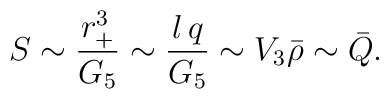
S\sim {r_+^3\over G_5}\sim {l\,q\over G_5}\sim V_3{\bar \rho}\sim{\bar Q}.